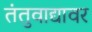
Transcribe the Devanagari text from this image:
तंतुवाद्यावर